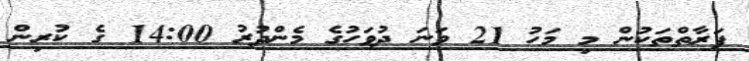
ފަރާތްތަކުން މި މަހު 21 ވަނަ ދުވަހުގެ މެންދުރު 14:00 ގެ ކުރިން